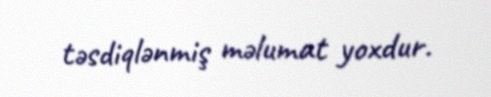
təsdiqlənmiş məlumat yoxdur.